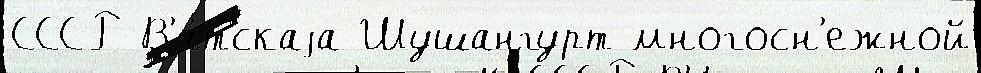
СССР В'я́тскаjа Шушангурт многосн'ежной